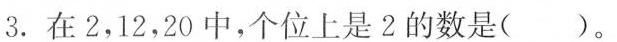
3.在2，12，20中，个位上是2的数是( )。